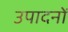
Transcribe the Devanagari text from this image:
उपादनों